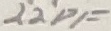
Text: 22PF